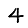
Digit: 4